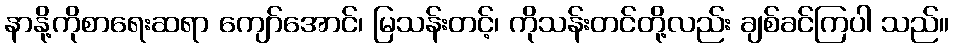
နာနို့ကိုစာရေးဆရာ ကျော်အောင်၊ မြသန်းတင့်၊ ကိုသန်းတင်တို့လည်း ချစ်ခင်ကြပါ သည်။